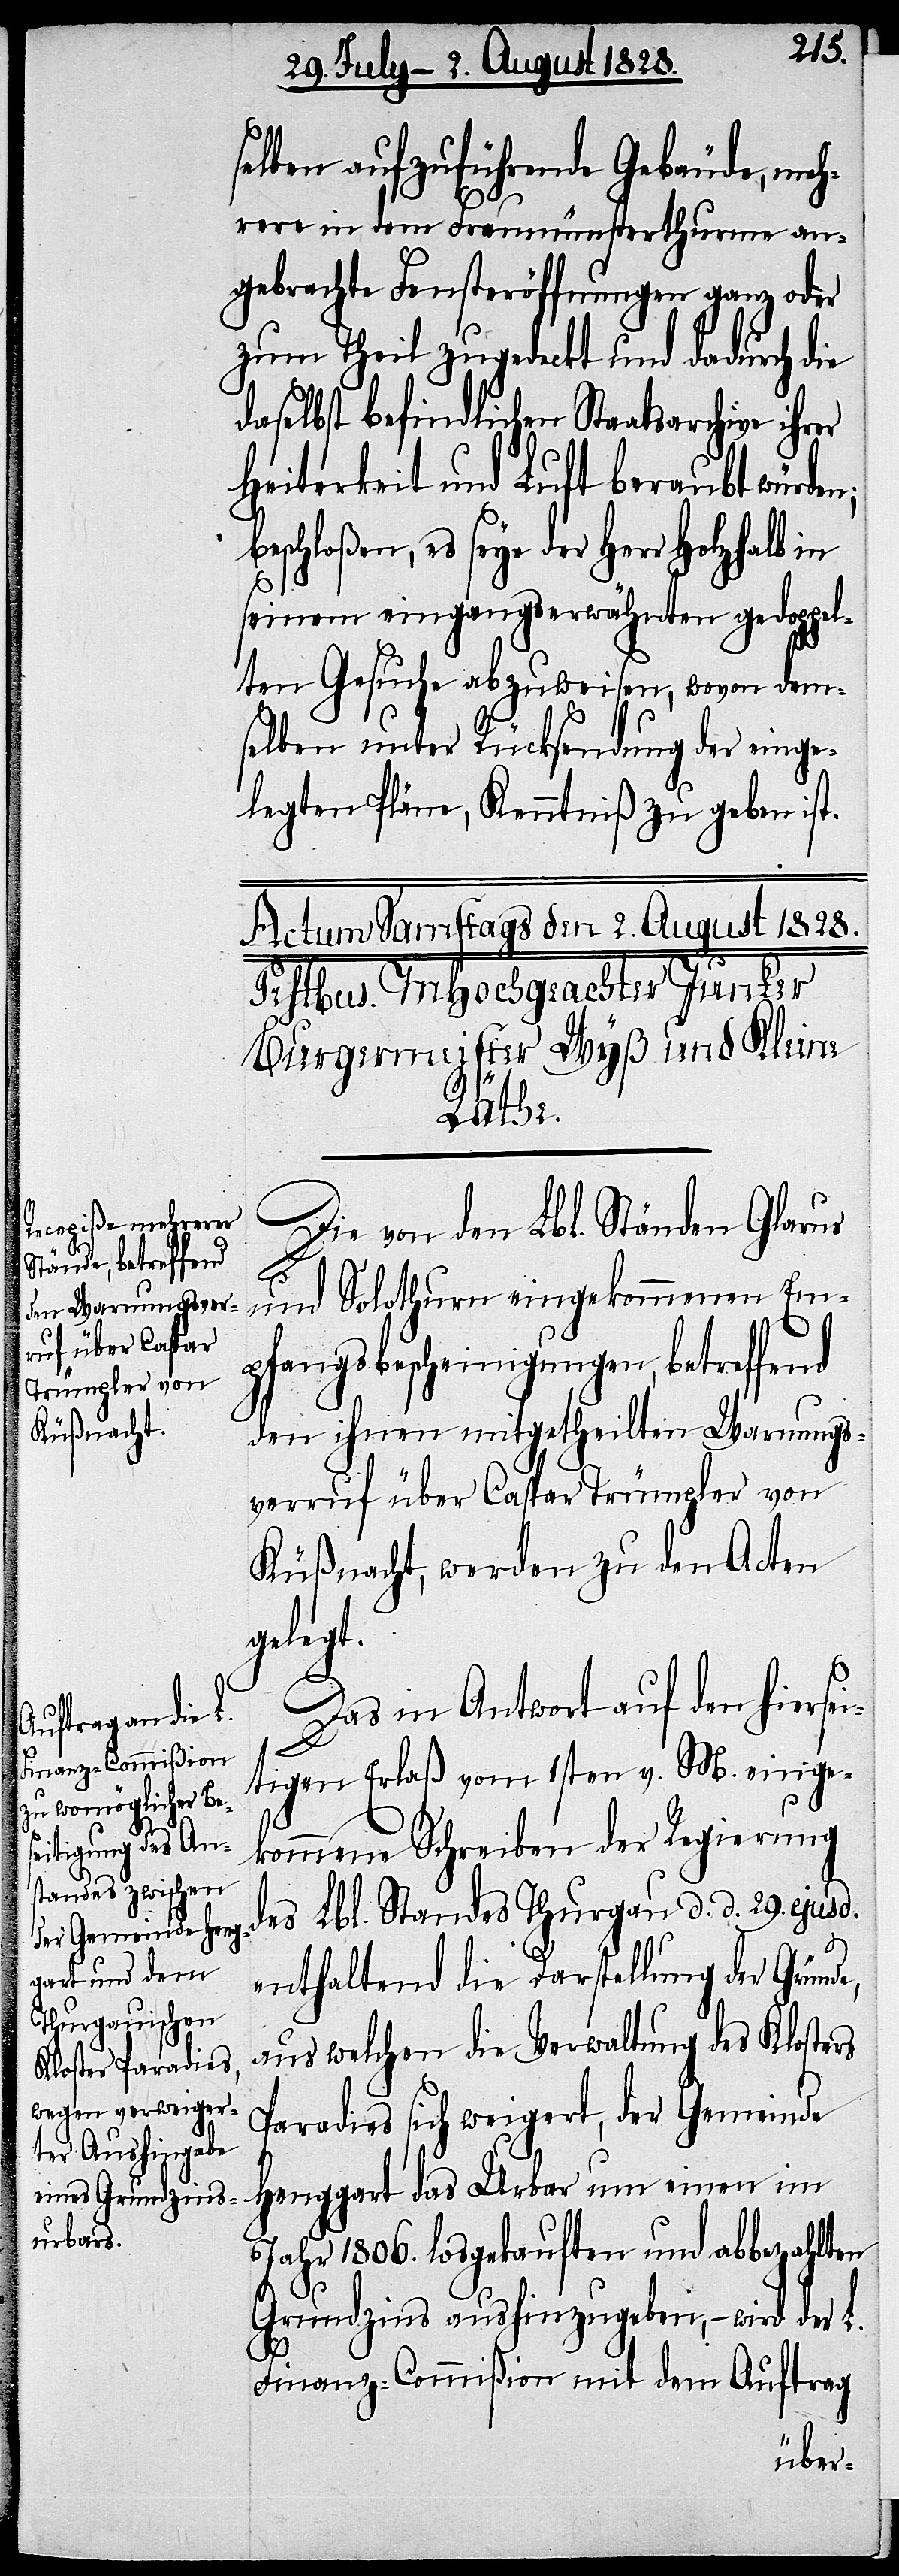
selben auszuführende Gebäude, meh¬
rere in dem Fraumünsterthurme an¬
gebrachte Fensteröffnungen ganz oder
zu Theil zugedeckt und dadurch die
daselbst befindlichen Staatsarchive
Heiterkeit und Luft beraubt würden,
beschloßen, es seye der Herr Holzhalb
seinem eingangserwähnten gedoppel¬
ten Gesuche abzuweisen, wovon dem¬
selben unter Rücksendung der einge¬
legten Pläne, Kenntniß zu gegeben ist.
Die von den Lbl. Ständen Glarus
und Solothurn eingekommenen Em¬
pfangsbescheinigungen, betreffend
den ihnen mitgetheilten Warnungs¬
verruf über Caspar Trümpler von
Küßnacht, werden zu den Acten
gelegt.
Das in Antwort auf den hiersei¬
tigen Erlaß vom 1sten v. M. einge¬
kommene Schreiben der Regierung
des Lbl. Standes Thurgau d. d. 29. ejusd.
enthaltend die Darstellung der Gründe,
aus welchen die Verwaltung des Klosters
Paradies sich weigert, der Gemeinde
Henggart das Urbar um einen im
Jahr 1806. losgekauften und abbezahlten
Grundzins aushinzugeben, – wird der L.
Finanz-Commißion mit dem Auftrag